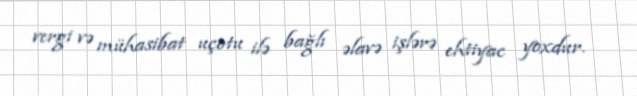
vergi və mühasibat uçotu ilə bağlı əlavə işlərə ehtiyac yoxdur.